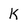
Character: K